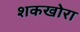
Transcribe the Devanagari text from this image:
शकखोरा